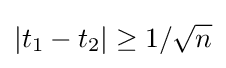
|t_{1}-t_{2}|\geq 1/{\sqrt {n}}